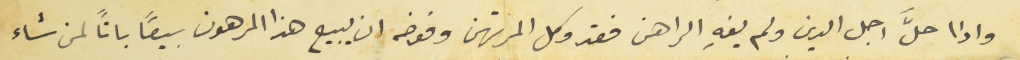
واذا حلَّ اجل الدين ولم يفهِ الراهن فقد وكل المرتهن وفوضه ان يبيع هذا المرهون بيعاً باتاً لمن شاء